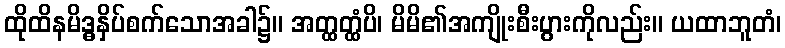
ထိုထိနမိဒ္ဓနှိပ်စက်သောအခါ၌။ အတ္ထတ္ထံပိ၊ မိမိ၏အကျိုးစီးပွားကိုလည်း။ ယထာဘူတံ၊